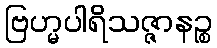
ဗြဟ္မပါရိသဇ္ဇာနဉ္စ